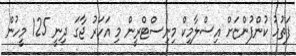
ފަތުހު ކުންފުންޏަށް އިސްލާމިކް މިނިސްޓްރީން މި އަހަރު ޖާގަ ދިނީ 125 މީހުން